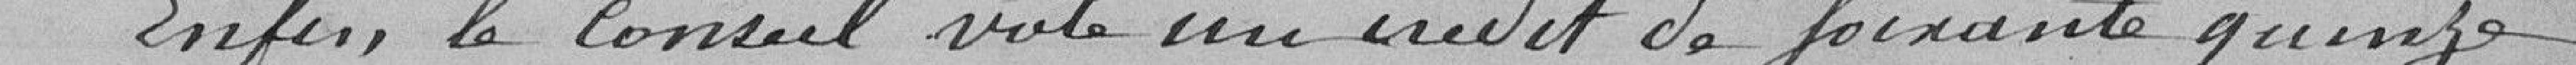
Enfin, le Conseil vote un crédit de Soixante quinze